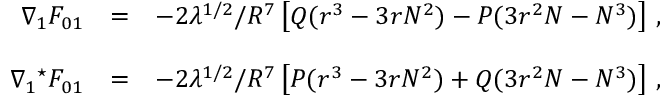
\begin{array} { r c l } { { \nabla _ { 1 } F _ { 0 1 } } } & { { = } } & { { - 2 \lambda ^ { 1 / 2 } / R ^ { 7 } \left[ Q ( r ^ { 3 } - 3 r N ^ { 2 } ) - P ( 3 r ^ { 2 } N - N ^ { 3 } ) \right] \, , } } \\ { { } } & { { } } & { { } } \\ { { \nabla _ { 1 } { } ^ { \star } F _ { 0 1 } } } & { { = } } & { { - 2 \lambda ^ { 1 / 2 } / R ^ { 7 } \left[ P ( r ^ { 3 } - 3 r N ^ { 2 } ) + Q ( 3 r ^ { 2 } N - N ^ { 3 } ) \right] \, , } } \end{array}